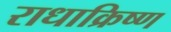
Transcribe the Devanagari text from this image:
राधाक्रिष्ण